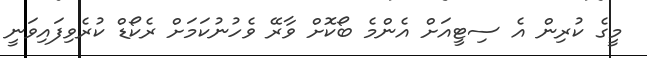
މީގެ ކުރިން އެ ސިޓީއަށް އެންމެ ބޯކޮށް ވާރޭ ވެހުނުކަމަށް ރެކޯޑް ކުރެވިފައިވަނީ